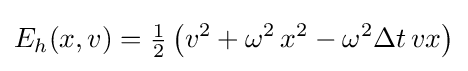
E_{h}(x,v)={\tfrac {1}{2}}\left(v^{2}+\omega ^{2}\,x^{2}-\omega ^{2}\Delta t\,vx\right)